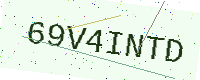
Text: 69V4INTD